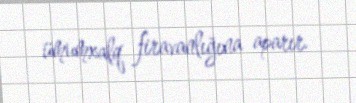
ümumxalq firavanlığına aparır.